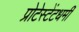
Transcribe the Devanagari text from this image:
प्रोटेस्टेंटधर्मी